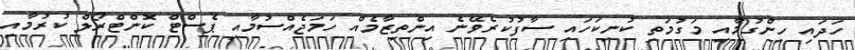
ހަދައި ހިންގުމާއި މަގުމަތި ކުނިކަހައި ސާފުކުރެވޭނެ އިންތިޒާމެއް ހަމަޖެއްސުމާއި ޕެސްޓް ކޮންޓްރޯލް ކުރުމާއި